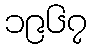
၁၉၆၇